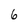
Character: 6